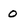
Character: 0